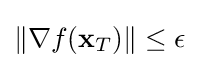
\|\nabla f(\mathbf {x} _{T})\|\leq \epsilon